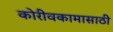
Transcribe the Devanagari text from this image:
कोरीवकामासाठी